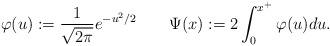
LaTeX: \begin{align*} \varphi(u):=\frac{1}{\sqrt{2\pi}}e^{-u^2/2}\qquad\Psi(x):=2\int_0^{x^+}\varphi(u)du.\end{align*}